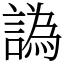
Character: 譌